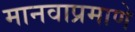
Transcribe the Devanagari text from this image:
मानवाप्रमाणे